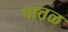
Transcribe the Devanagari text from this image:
पात़ळ